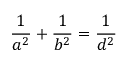
{ \frac { 1 } { a ^ { 2 } } } + { \frac { 1 } { b ^ { 2 } } } = { \frac { 1 } { d ^ { 2 } } }